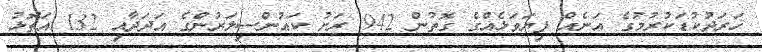
ޚަރަދުކުޑަކުރުމުގެ އަނެއް ފިޔަވަޅެއްގެ ގޮތުން 942 ރަށު ކައުންސިލަރުންގެ އަދަދާއި 132 އަތޮޅު